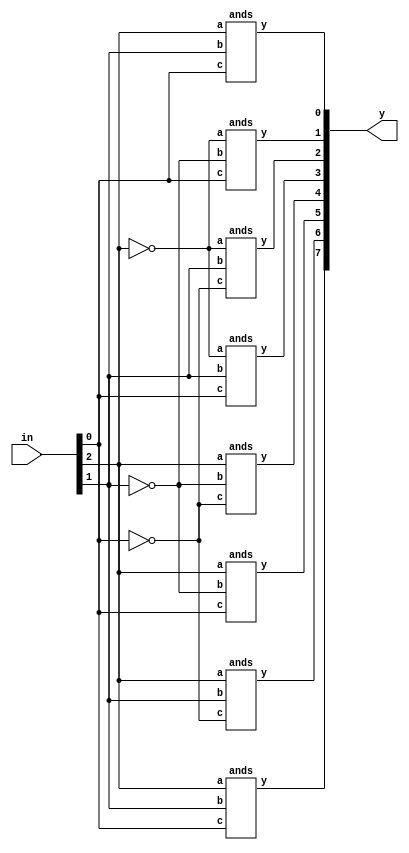
module decoder (in,y);
    input [2:0] in;
    output [7:0] y;
        ands w0(y[0],in[2],in[1],in[0]);
        ands w1(y[1],~in[2],~in[1],in[0]);
        ands w2(y[2],~in[2],in[1],~in[0]);
        ands w3(y[3],~in[2],in[1],in[0]);
        ands w4(y[4],in[2],~in[1],~in[0]);
        ands w5(y[5],in[2],~in[1],in[0]);
        ands w6(y[6],in[2],in[1],~in[0]);
        ands w7(y[7],in[2],in[1],in[0]);    
endmodule

module ands(y,a,b,c);
    input a,b,c;
    output y;
    assign y= a & b & c;    
endmodule